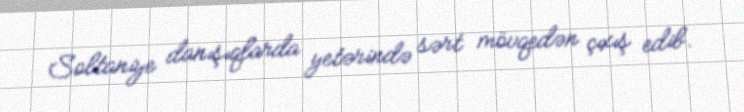
Soltaniye danışıqlarda yetərində sərt mövqedən çıxış edib.